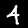
Digit: 4